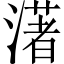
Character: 𤀞